Annual administration and progress report of the Indian Medical Department, Bombay
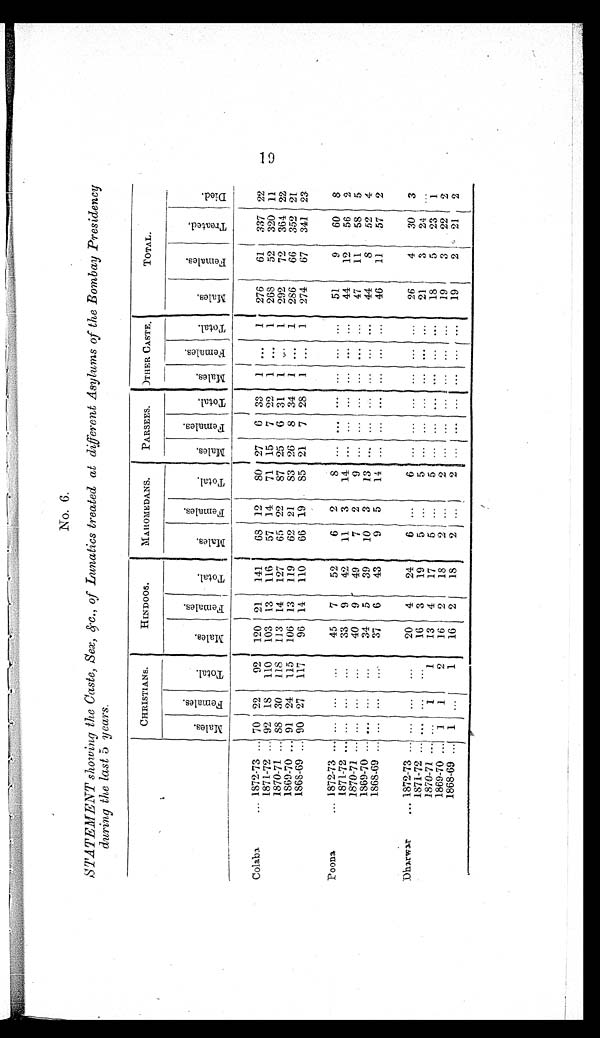
No. 6.
STATEMENT showing the Caste, Sex, &c., of Lunatics treated at different Asylums of the Bombay Presidency
during the last 5 years.
CHRISTIANS.
HINDOOS.
MAHOMEDANS.
PARSEES.
OTHER CASTE.
TOTAL.
M a l e s .
F e m a l e s .
T o t a l .
M a l e s .
F e m a l e s .
T o t a l .
M a l e s .
F e m a l e s .
T o t a l .
M a l e s .
F e m a l e s .
T o t a l .
M a l e s .
F e m a l e s .
T o t a l .
M a l e s .
F e m a l e s .
T r e a t e d .
D i e d .
Colaba
... 1872-73 ... 70 22
92
120 21
141
6 8
12
80 27
6 33
1 ...
1
276
61
337 22
1871-72 ... 92 18
110
103 13
116
57 14
71 15
7 22
1 ...
1
268
52
320 11
1870-71 ...
8 8 30
118
113 14
127
65 22
87 25
6 31
1 ...
1
292
72
364 22
1869-70 ... 91 24
115
106 13
119
62 21
83 26
8 34
1 ...
1
286
66
352 21
1868-69 ... 90 27
117
96 14 110
66 19 85 21
7 28 1 ...
1
274
67
341 23
Poona
... 1872-73 ...
. . . ...
...
45
7
52
6
2
8 ...
...
. . .
. . .
. . .
. . .
51
9
60
8
1871-72 ...
. . . ...
...
33
9
42
11
3
14 ...
. . .
. . .
. . . ... ...
44
12
56
2
1870-71 ...
. . .
. . . ...
40
9
49
7
2
9 ...
. . .
. . .
. . . ... ...
47
11
58
5
1869-70 ... . . .
. . .
...
34 5
39
10 3
13 ...
...
. . .
. . .
. . .
. . .
44
8
52 4
1868-69 ... ... ...
...
37
6
43
9
5
14 ...
...
. . .
. . . ... ...
46
11
57
2
Dharwar
... 1872-73 ... ... ...
...
20
4
24
6 ...
6
...
. . .
. . .
. . .
. . .
. . .
26
4
30
3
1871-72 ... ... ...
...
16
3
19
5
. . .
5 ...
. . .
. . .
. . . ...
. . .
21
3
24 ...
1870-71 ... ...
1
1
13
4
17
5 ...
5
...
. . .
. . .
. . . ...
18
5
23
1
1869-70
. . . 1
1
2
16
2
18
2 ...
2 ...
...
. . .
. . .
. . .
. . . 19
3
22
2
1868-69 ... 1 ...
1
16
2
18
2 ...
2 ...
. . .
. . .
. . .
. . .
. . . 19
2
21
2
19